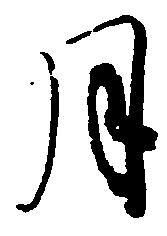
月